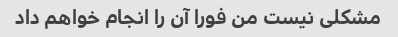
مشکلی نیست من فورا آن را انجام خواهم داد